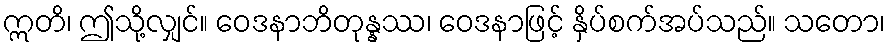
ဣတိ၊ ဤသို့လျှင်။ ဝေဒနာဘိတုန္နဿ၊ ဝေဒနာဖြင့် နှိပ်စက်အပ်သည်။ သတော၊